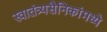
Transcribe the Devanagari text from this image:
स्वातंत्र्यसैनिकांमध्ये